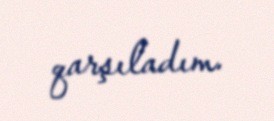
qarşıladım.